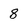
Character: 8